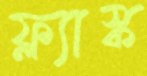
ফ্ল্যাস্ক